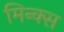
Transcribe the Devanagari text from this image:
मिन्क्स